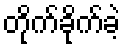
တိုက်ခိုက်ခဲ့